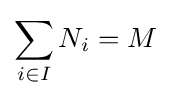
\sum _{i\in I}N_{i}=M